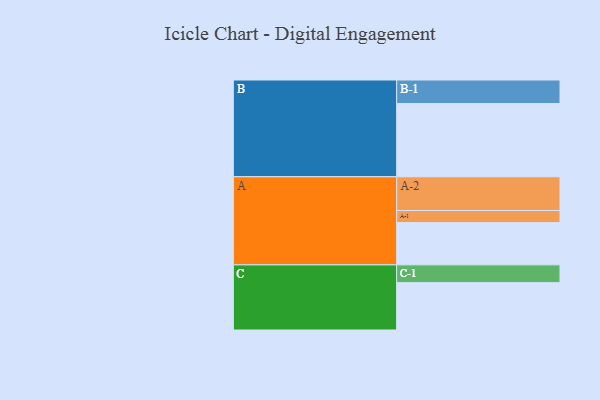
{"axis": {"x": "Segment", "y": "Value"}, "legend": ["", "A", "B", "C"], "data": [{"x": "A", "y": 342, "type": ""}, {"x": "B", "y": 592, "type": ""}, {"x": "C", "y": 383, "type": ""}, {"x": "A-1", "y": 98, "type": "A"}, {"x": "A-2", "y": 273, "type": "A"}, {"x": "B-1", "y": 191, "type": "B"}, {"x": "C-1", "y": 144, "type": "C"}]}